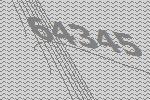
64345